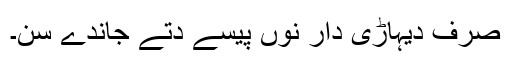
صرف دیہاڑی دار نوں پیسے دتے جاندے سن۔